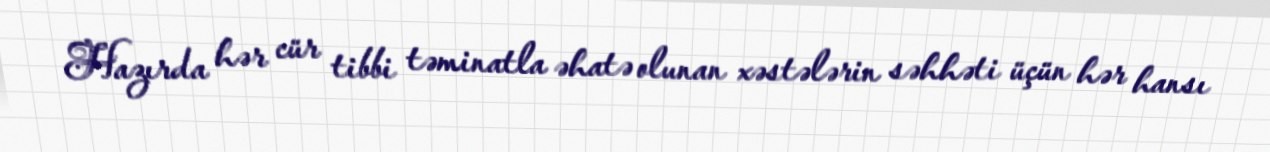
Hazırda hər cür tibbi təminatla əhatə olunan xəstələrin səhhəti üçün hər hansı